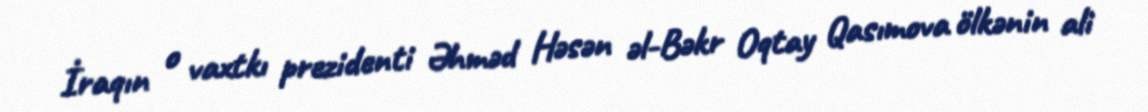
İraqın o vaxtkı prezidenti Əhməd Həsən əl-Bəkr Oqtay Qasımova ölkənin ali